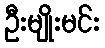
ဦးမျိုးမင်း